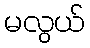
မလွယ်